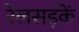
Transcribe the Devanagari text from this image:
रेलसड़कें